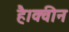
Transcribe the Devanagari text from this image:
है।क्वीन